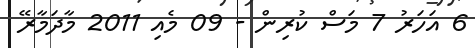
6 އަހަރު 7 މަސް ކުރިން - 09 މެއި 2011 މާދަމާރޭ